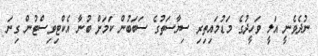
ނުދެވެނީ އަލީ ވަހީދުގެ މަޑުމައިތިރި ސިޔާސަތުގެ ސަބަބުން ކަމަށް ބުނާ އެކްޓިވިސްޓުން ގިނަ